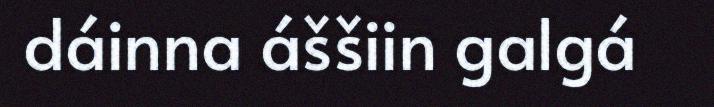
dáinna áššiin galgá